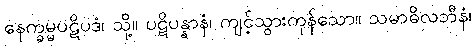
နေက္ခမ္မပဋိပဒံ၊ သို့။ ပဋိပန္နာနံ၊ ကျင့်သွားကုန်သော။ သမာဓိလဘီနံ၊